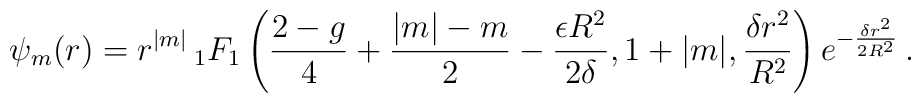
\psi_m(r)=r^{|m|}\,_1F_1\left(  {2-g\over 4}+{|m|-m\over 2}- {\epsilon R^2\over 2\delta },1+|m|,{\delta r^2\over R^2}  \right) e^{-{\delta r^2\over 2R^2}}\,.